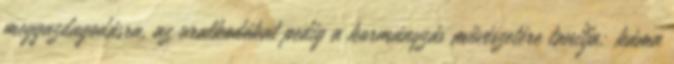
meggazdagodásra, az uralkodókat pedig a kormányzás művészetére tanítja; káma